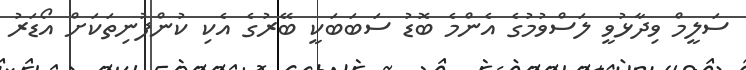
ސަލީމް ވިދާޅުވީ ލަސްވުމުގެ އެންމެ ބޮޑު ސަބަބަކީ ބޭރުގެ އެކި ކުންފުނިތަކަށް އޯޑަރު